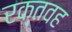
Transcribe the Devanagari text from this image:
रक्तवह